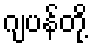
ဂျပန်တို့